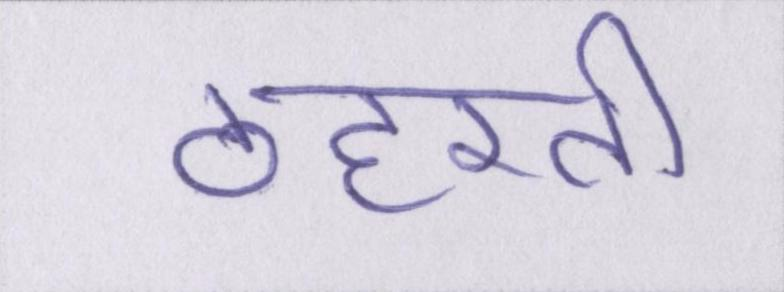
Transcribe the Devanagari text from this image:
ठहरती